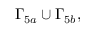
\Gamma _ { 5 a } \cup \Gamma _ { 5 b } ,